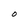
Character: O